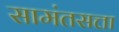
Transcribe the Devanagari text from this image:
सामंतसत्ता